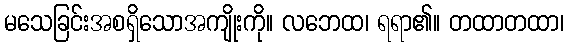
မသေခြင်းအစရှိသောအကျိုးကို။ လဘေထ၊ ရရာ၏။ တထာတထာ၊